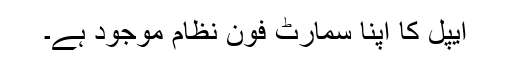
ایپل کا اپنا سمارٹ فون نظام موجود ہے۔